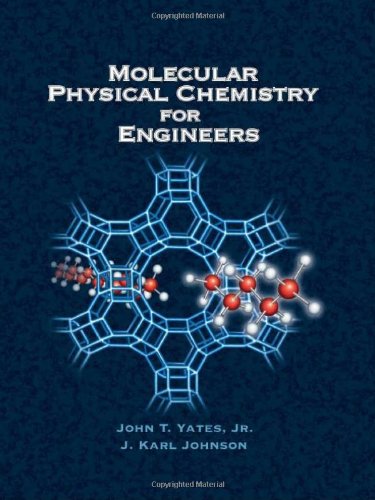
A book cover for Molecular Physical Chemistry for Engineers; John T. Yates; Science & Math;